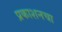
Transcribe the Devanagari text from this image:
प्रकाशनचा